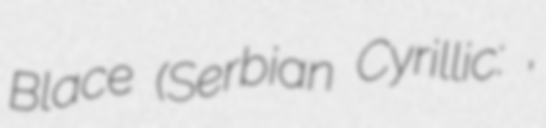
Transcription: Blace (Serbian Cyrillic: Блаце,